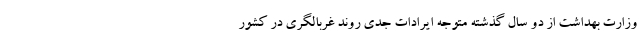
وزارت بهداشت از دو سال گذشته متوجه ایرادات جدی روند غربالگری در کشور